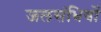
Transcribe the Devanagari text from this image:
जलसंधियों